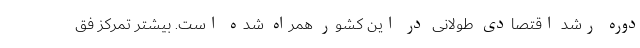
دوره رشد اقتصادی طولانی در این کشور همراه شده است. بیشتر تمرکز فق